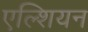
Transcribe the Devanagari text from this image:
एल्शियन